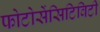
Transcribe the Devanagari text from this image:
फोटोसेंसिटिविटी